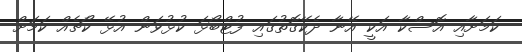
ކަމަށާއި އޮސްކާ އަކީ އޭނާ ދެކޭގޮތުގައި ފުޓްބޯޅަ ކުޅުވަން އުޅޭ ކޯޗެއް ކަމަށް